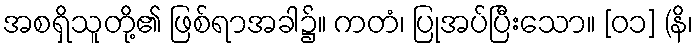
အစရှိသူတို့၏ ဖြစ်ရာအခါ၌။ ကတံ၊ ပြုအပ်ပြီးသော။ [၀၁] (နိ၊